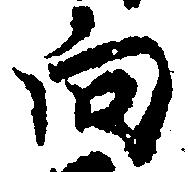
向